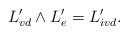
LaTeX: \begin{align*}L'_{vd} \wedge L'_{e} = L'_{ivd}.\end{align*}